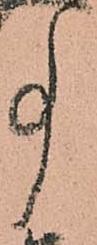
事